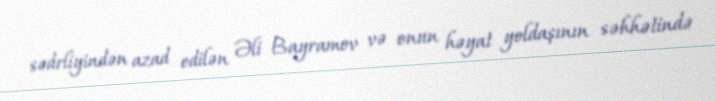
sədrliyindən azad edilən Əli Bayramov və onun həyat yoldaşının səhhətində